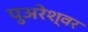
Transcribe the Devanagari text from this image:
पुअरेश्वर